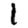
Digit: 1